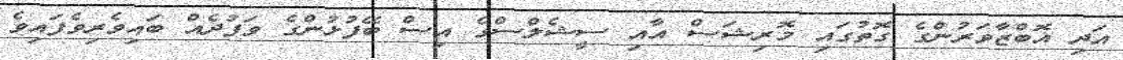
އަދި އޮބްޒާވަރުންގެ ގޮތުގައި މޮރިޝަސް އާއި ސީޝެލްސްގެ އިސް ބޭފުޅުންގެ ވަފުދެއް ބައިވެރިވެފައިވެ